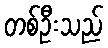
တစ်ဦးသည်